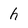
Character: h